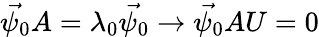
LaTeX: \vec{\psi_{0}}A=\lambda_{0}\vec{\psi_{0}}\rightarrow\vec{\psi_{0}}AU=0